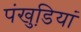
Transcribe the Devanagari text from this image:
पंखुडि़यां